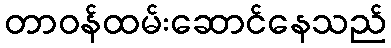
တာဝန်ထမ်းဆောင်နေသည်